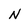
Character: N